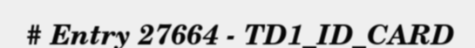
# Entry 27664 - TD1_ID_CARD